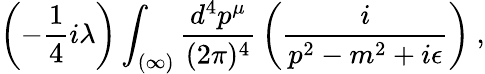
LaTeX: \left(-\frac{1}{4}i\lambda\right)\int_{(\infty)}\frac{d^{4}p^{\mu}}{(2\pi)^{4}}\, \left(\frac{i}{p^{2}-m^{2}+i\epsilon}\right)\ ,